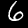
Label: 6